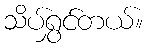
သိပ်ရွှင်တယ်။